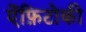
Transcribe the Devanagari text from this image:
ऐंफ़िटोकी